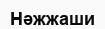
Нәжжаши